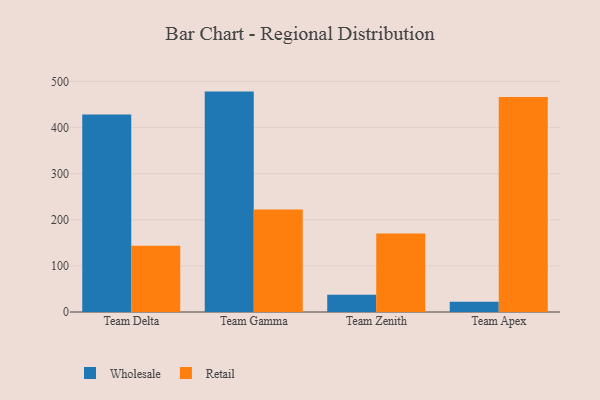
{"axis": {"x": "Team", "y": "Market Share (%)"}, "legend": ["Retail", "Wholesale"], "data": [{"x": "Team Delta", "y": 428.4, "type": "Wholesale"}, {"x": "Team Delta", "y": 143.7, "type": "Retail"}, {"x": "Team Gamma", "y": 478.0, "type": "Wholesale"}, {"x": "Team Gamma", "y": 222.3, "type": "Retail"}, {"x": "Team Zenith", "y": 37.2, "type": "Wholesale"}, {"x": "Team Zenith", "y": 170.3, "type": "Retail"}, {"x": "Team Apex", "y": 22.5, "type": "Wholesale"}, {"x": "Team Apex", "y": 466.4, "type": "Retail"}]}